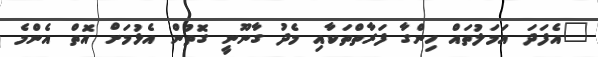
"އެފަދަ އަމަލުތައް ހިންގާ ފަރާތްތަކާއި މެދު ގާނޫނީ ގޮތުން އެޅުމަށް އޮތް އެންމެ